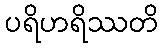
ပရိဟရိဿတိ